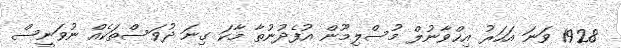
1928 ވަނަ އަހަރު އިޚްވާނުލް މުސްލިމޫން އުފެދުނުތާ މާކަ ގިނަ ދުވަސްތަކެއް ނުވަނީސް